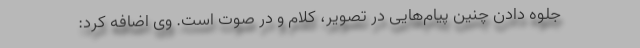
جلوه دادن چنین پیام‌هایی در تصویر، کلام و در صوت است. وی اضافه کرد: